Annual administration and progress report of the Indian Medical Department, Bombay
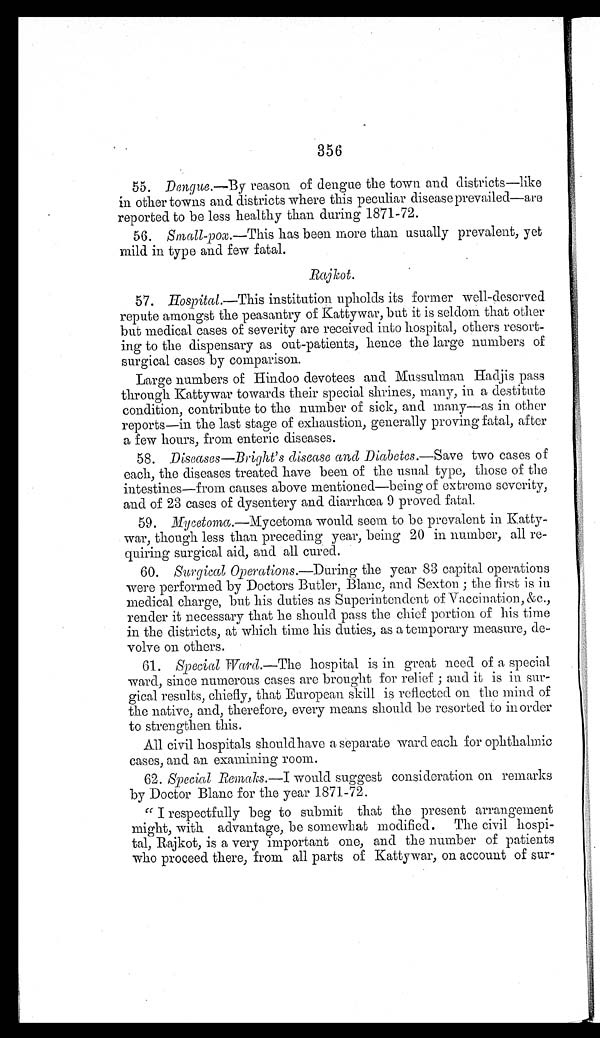
356
55. Dengue.—By reason of dengue the town and districts—like
in other towns and districts where this peculiar disease prevailed—are
reported to be less healthy than during 1871-72.
56. Small-pox.—This has been more than usually prevalent, yet
mild in type and few fatal.
Rajkot.
57. Hospital.—This institution upholds its former well-deserved
repute amongst the peasantry of Kattywar, but it is seldom that other
but medical cases of severity are received into hospital, others resort--
ing to the dispensary as out-patients, hence the large numbers of
surgical cases by comparison.
Large numbers of Hindoo devotees and Mussulman Hadjis pass
through Kattywar towards their special shrines, many, in a destitute
condition, contribute to the number of sick, and many—as in other
reports—in the last stage of exhaustion, generally proving fatal, after
a few hours, from enteric diseases.
58. Diseases—Bright's disease and Diabetes.— Save two cases of
each, the diseases treated have been of the usual type, those of the
intestines—from causes above mentioned—being of extreme severity,
and of 23 cases of dysentery and diarrhœa 9 proved fatal.
59. Mycetoma .—Mycetoma would seem to be prevalent in Katty--
war, though less than preceding year, being 20 in number, all re--
quiring surgical aid, and all cured.
60. Surgical Operations.—During the year 83 capital operations
were performed by Doctors Butler, Blanc, and Sexton ; the first is in
medical charge, but his duties as Superintendent of Vaccination, &c.,
render it necessary that he should pass the chief portion of his time
in the districts, at which time his duties, as a temporary measure, de--
volve on others.
61. Special Ward.—The hospital is in great need of a special
ward, since numerous cases are brought for relief ; and it is in sur--
gical results, chiefly, that European skill is reflected on the mind of
the native, and, therefore, every means should be resorted to in order
to strengthen this.
All civil hospitals shouldhave a separate ward each for ophthalmic
cases, and an examining room.
61. Special Ramaks.—I would suggest consideration on remarks
by Doctor Blanc for the year 1871-72.
" I respectfully beg to submit that the present arrangement
might, with advantage, be somewhat modified. The civil hospi-
tal, Rajkot, is a very important one, and the number of patients
who proceed there, from all parts of Kattywar, on account of sur-